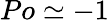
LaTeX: Po\simeq-1